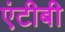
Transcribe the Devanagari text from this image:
एंटीबी